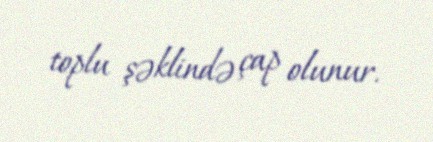
toplu şəklində çap olunur.